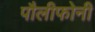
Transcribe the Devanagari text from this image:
पौलीफोनी